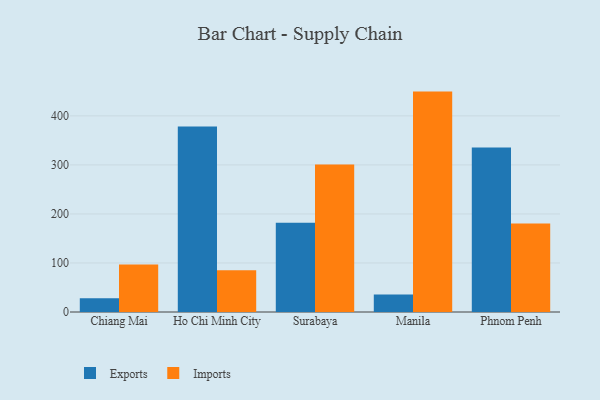
{"axis": {"x": "City", "y": "Conversion Rate (%)"}, "legend": ["Exports", "Imports"], "data": [{"x": "Chiang Mai", "y": 28.1, "type": "Exports"}, {"x": "Chiang Mai", "y": 96.9, "type": "Imports"}, {"x": "Ho Chi Minh City", "y": 378.2, "type": "Exports"}, {"x": "Ho Chi Minh City", "y": 84.9, "type": "Imports"}, {"x": "Surabaya", "y": 181.9, "type": "Exports"}, {"x": "Surabaya", "y": 300.6, "type": "Imports"}, {"x": "Manila", "y": 35.6, "type": "Exports"}, {"x": "Manila", "y": 449.5, "type": "Imports"}, {"x": "Phnom Penh", "y": 335.5, "type": "Exports"}, {"x": "Phnom Penh", "y": 180.5, "type": "Imports"}]}